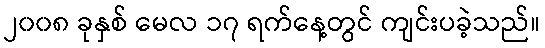
၂၀၀၈ ခုနှစ် မေလ ၁၇ ရက်နေ့တွင် ကျင်းပခဲ့သည်။